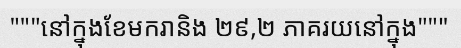
"""នៅក្នុងខែមករានិង ២៩,២ ភាគរយនៅក្នុង"""